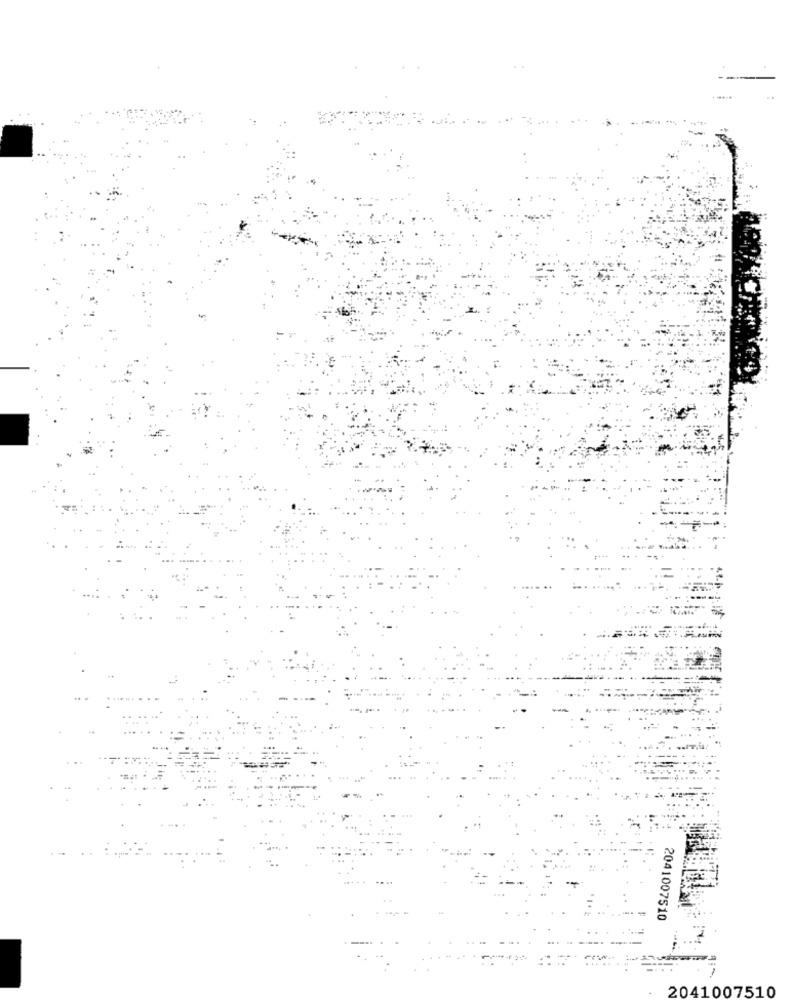
2041007510
1
2041007510